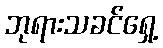
ဘုရားသခင်ရှေ့